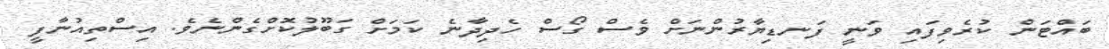
ބައްޓަން ކުރެވިފައި ވަނީ ފަނޑިޔާރުންނަށް ވެސް ގޯސް ހެދިދާނެ ކަމަށް ގަބޫލުކޮށްގެންނެވެ. އިސްތިއުނާފީ